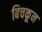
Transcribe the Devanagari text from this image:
बिचकून